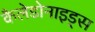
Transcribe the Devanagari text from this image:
कैलेडोनाइड्स